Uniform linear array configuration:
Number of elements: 64
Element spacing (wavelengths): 1
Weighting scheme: uniform
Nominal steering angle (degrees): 15
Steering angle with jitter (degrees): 14.182
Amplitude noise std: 0.05
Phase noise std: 0.05

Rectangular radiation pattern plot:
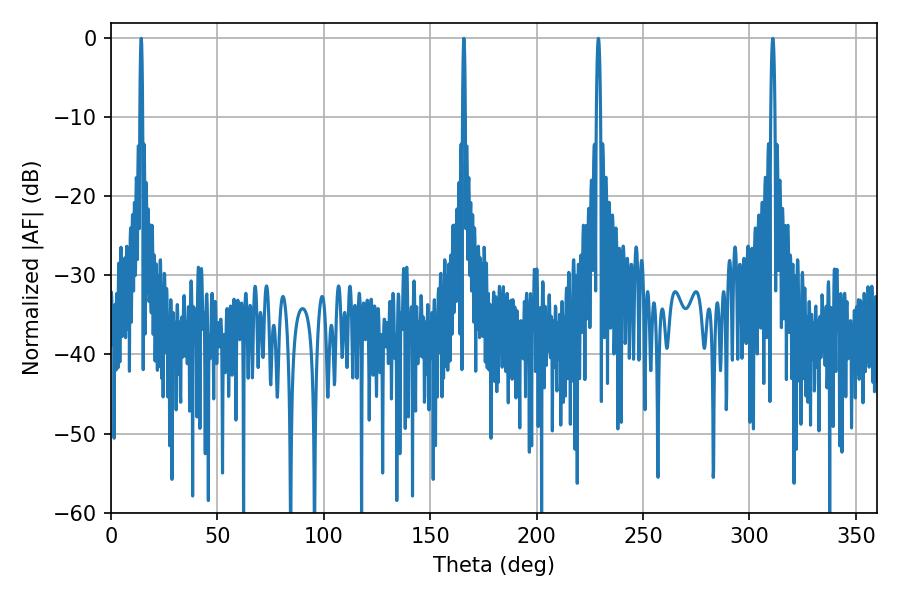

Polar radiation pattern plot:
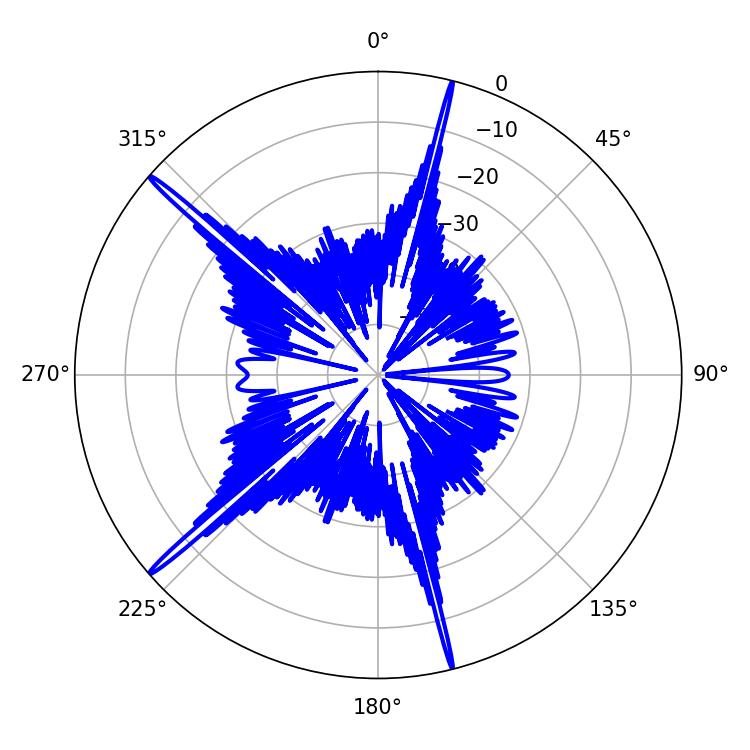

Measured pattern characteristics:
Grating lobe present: TRUE
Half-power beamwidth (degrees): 0.72
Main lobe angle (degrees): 165.78